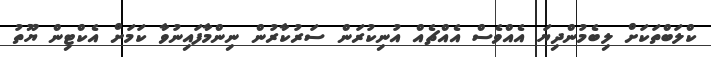
ކްލަބްތަކަށް ލިބެމުންދިޔަ އެއްވެސް އެއްޗެއް އުނިކުރަން ސަރުކާރުން ނިންމާފައިނުވާ ކަމަށް އެކްޓިން ޔޫތު